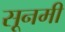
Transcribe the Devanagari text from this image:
सूनमी